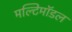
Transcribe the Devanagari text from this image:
मल्टिमॉडल